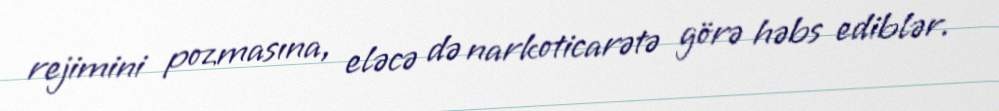
rejimini pozmasına, eləcə də narkoticarətə görə həbs ediblər.